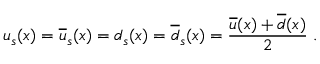
u _ { s } ( x ) = \overline { { { u } } } _ { s } ( x ) = d _ { s } ( x ) = \overline { { { d } } } _ { s } ( x ) = \frac { \overline { { { u } } } ( x ) + \overline { { { d } } } ( x ) } { 2 } \; .